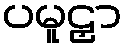
ပမူဠှာ